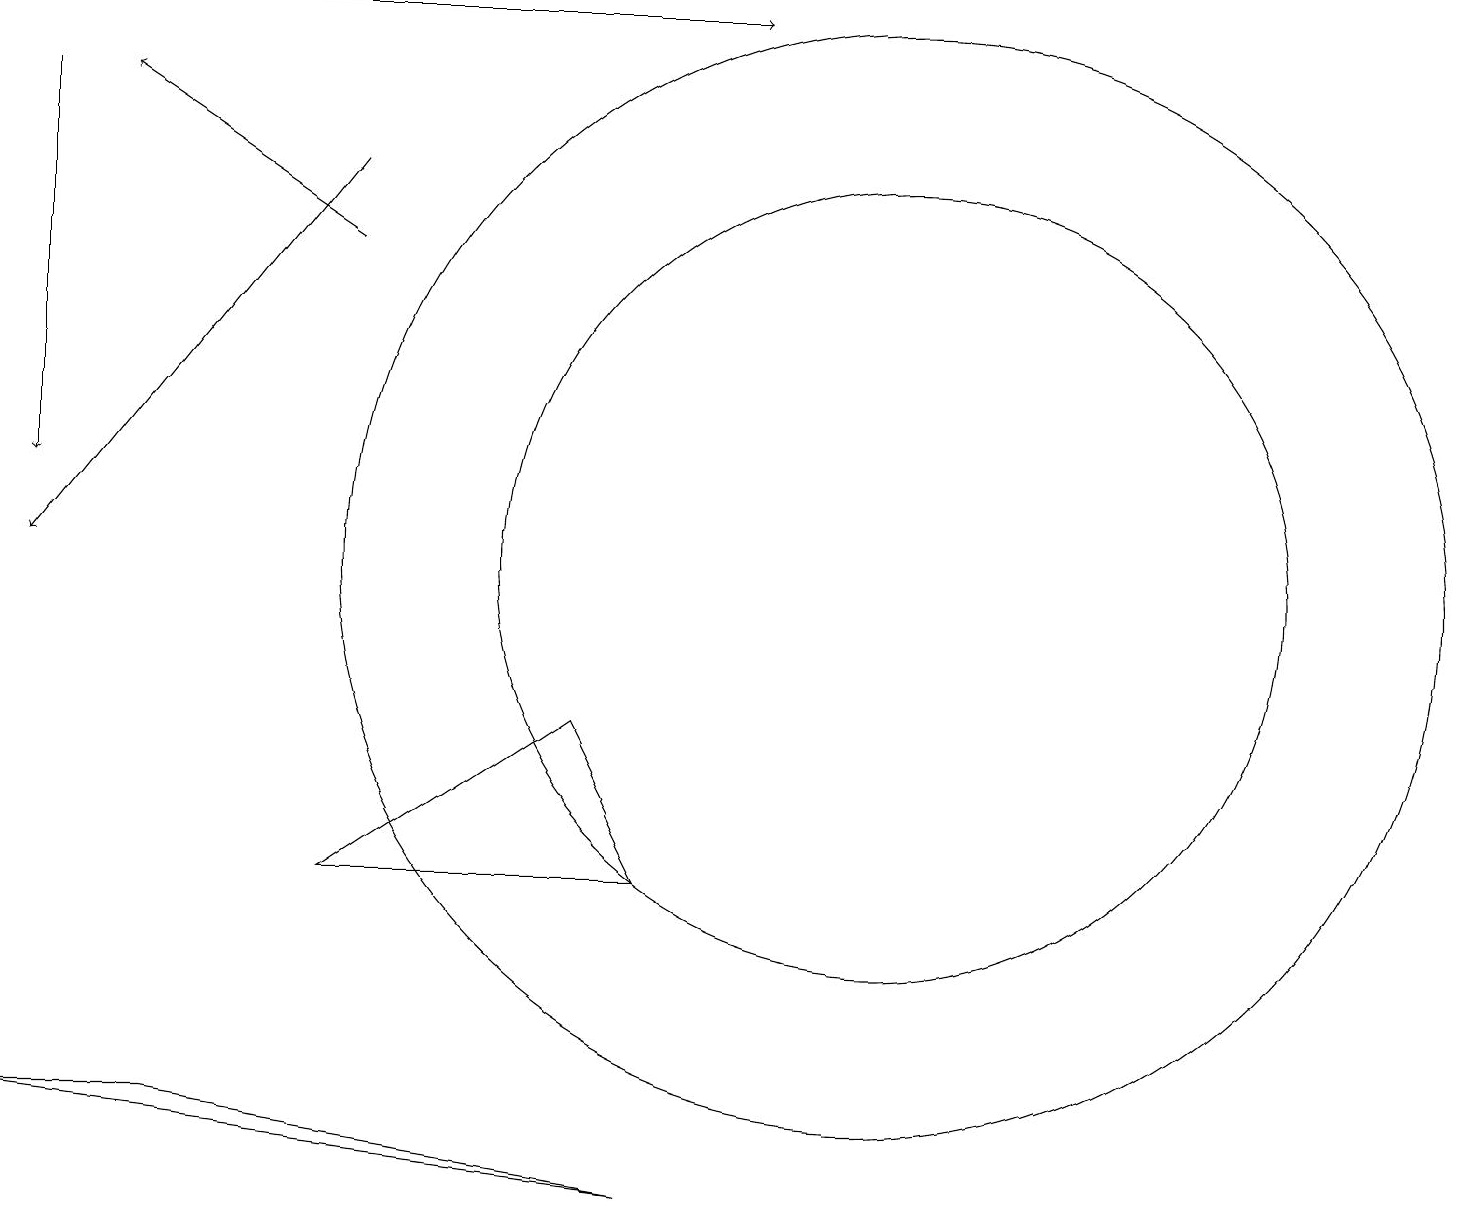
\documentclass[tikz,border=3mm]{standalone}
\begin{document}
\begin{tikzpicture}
\draw[->] (4,14) -- (1,16);
\draw (11,10) circle (5);
\draw[->] (0,16) -- (0,11);
\draw[->] (4,15) -- (0,10);
\draw (8,2) -- (0,3) -- (2,3) -- cycle;
\draw[->] (1,17) -- (9,17);
\draw (7,8) -- (4,6) -- (8,6) -- cycle;
\draw (11,10) circle (7);
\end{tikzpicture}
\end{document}